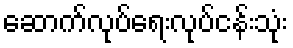
ဆောက်လုပ်ရေးလုပ်ငန်းသုံး